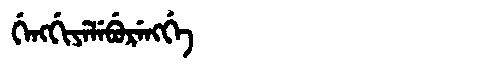
Manchu: ᡤᡝᠩᡤᡳᠶᡝᠯᡝᠪᡠᡵᡝᠩᡤᡝ
Romanization: GENGGIYELEBURENGGE